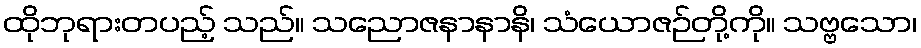
ထိုဘုရားတပည့် သည်။ သညောဇနာနာနိ၊ သံယောဇဉ်တို့ကို။ သဗ္ဗသော၊